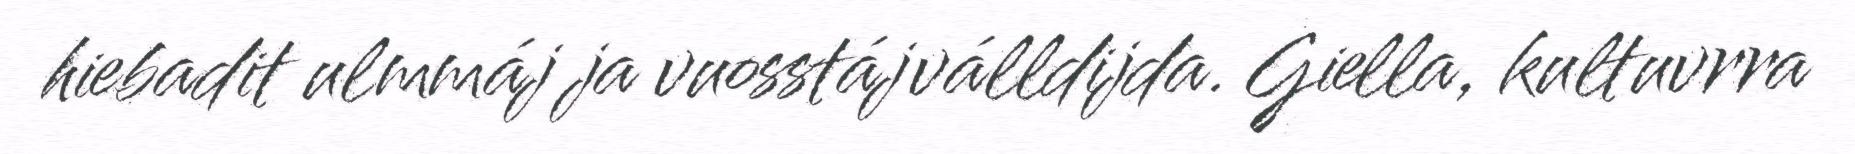
hiebadit ulmmáj ja vuosstájválldijda. Giella, kultuvrra